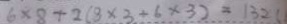
6 \times 8 + 2 ( 8 \times 3 + 6 \times 3 ) = 1 3 2